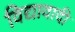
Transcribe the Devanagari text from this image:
विद्यावादी